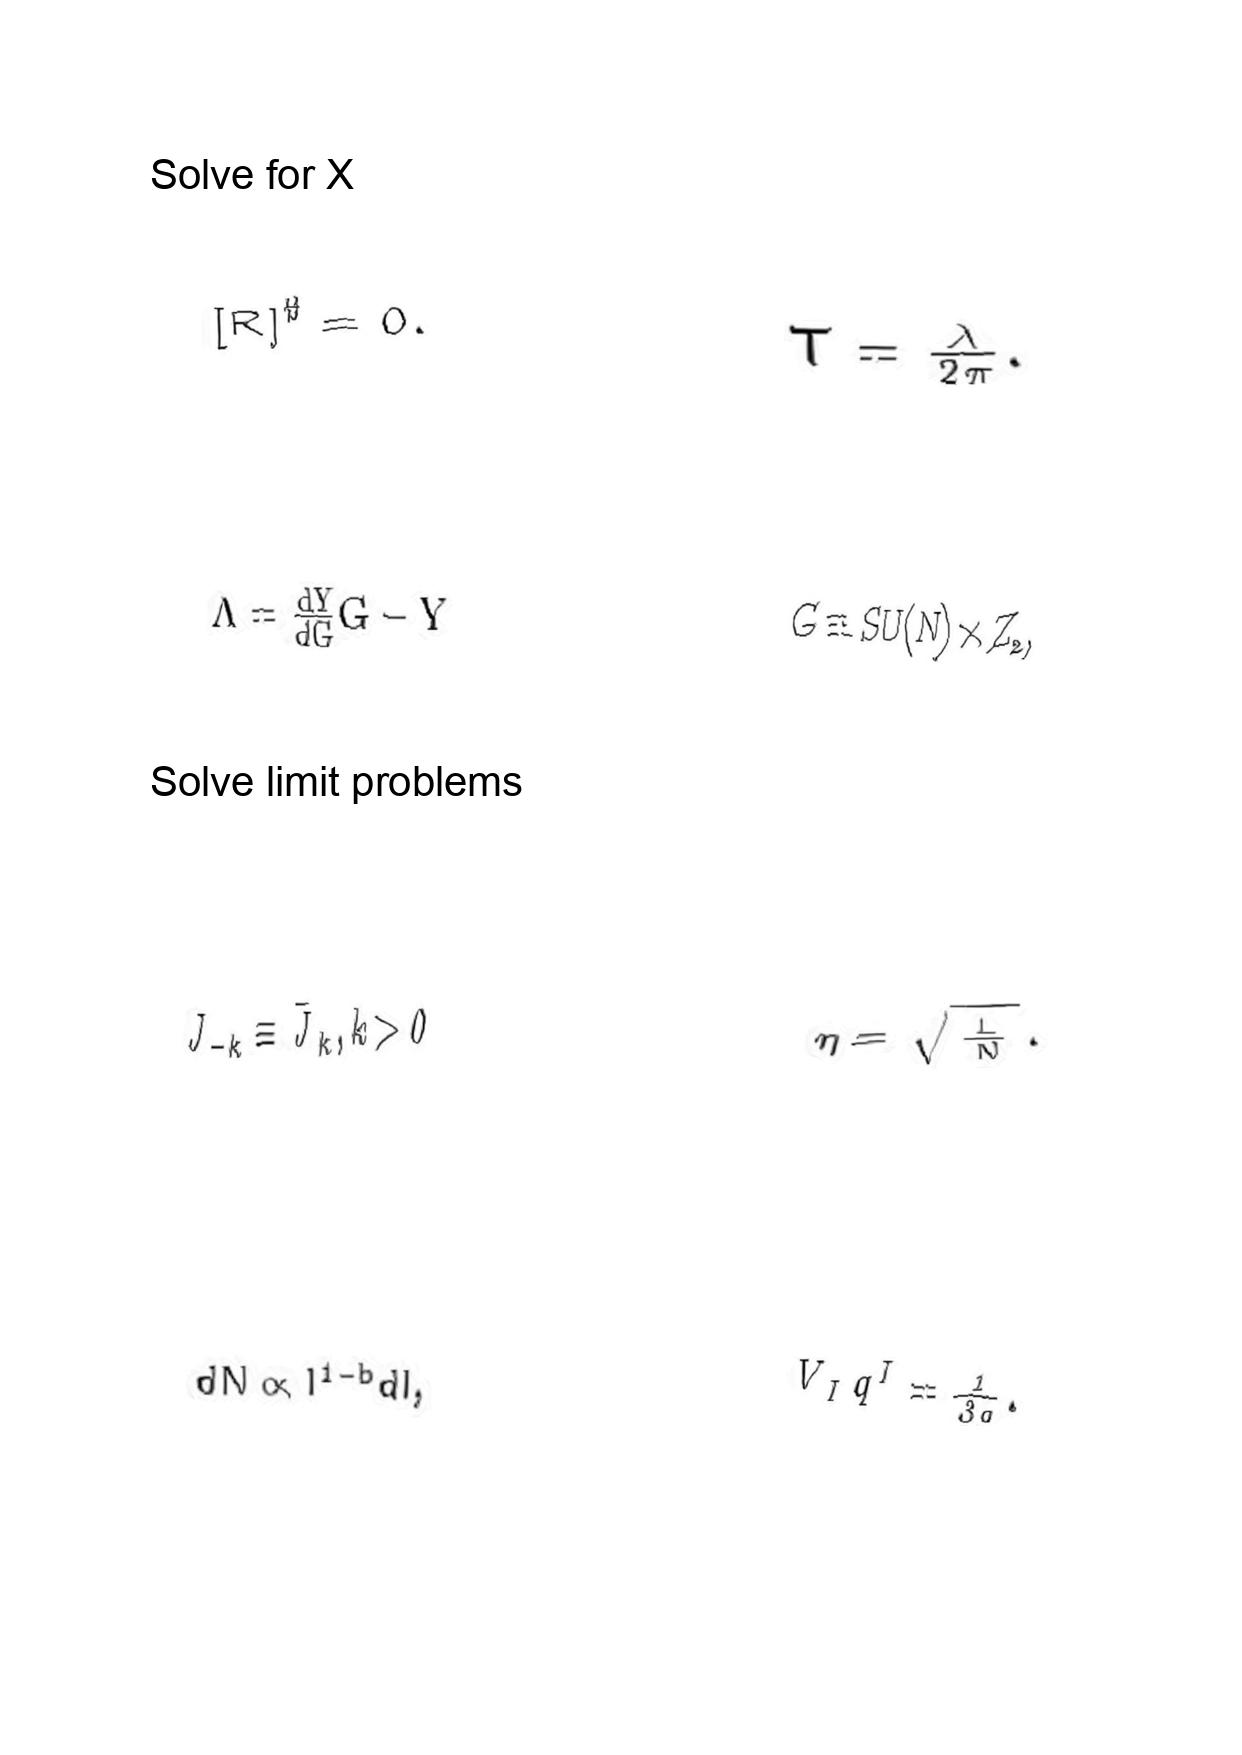
LaTeX transcription:
\lbrack R \rbrack ^ { \sharp } = 0 .
\Lambda = \frac { d Y } { d G } G - Y
J _ { - k } \equiv \bar { J } _ { k } , k \gt 0
d N \propto l ^ { 1 - b } d l ,
T = \frac { \lambda } { 2 \pi } .
G \equiv S U \lparen N \rparen \times Z _ { 2 } ,
\eta = \sqrt { \frac { L } { N } } .
V _ { I } q ^ { I } = \frac { 1 } { 3 g } .